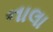
નાલા